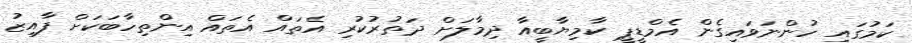
ކަމުގައި ހުންނަވައިގެން އެމްޑީޕީ ކާމިޔާބީއާ ދިމާލަށް ދަތުރުކުރި އެތައް އެތައް އިންތިހާބަކަށް ފާއިޒު